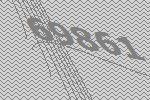
69861